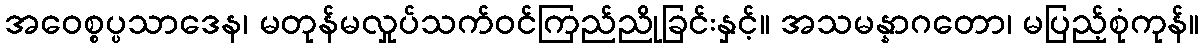
အဝေစ္စပ္ပသာဒေန၊ မတုန်မလှုပ်သက်ဝင်ကြည်ညိုခြင်းနှင့်။ အသမန္နာဂတော၊ မပြည့်စုံကုန်။